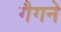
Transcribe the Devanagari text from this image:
गैगने